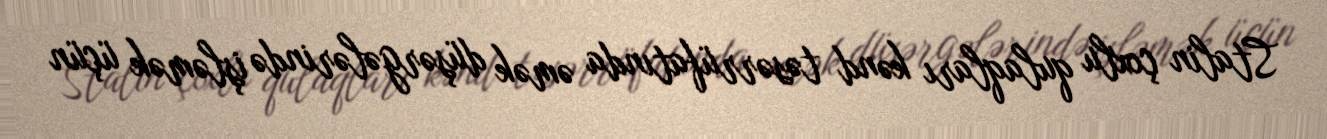
Stalin çoxlu qulaqları kənd təsərrüfatında əmək düşərgələrində işləmək üçün